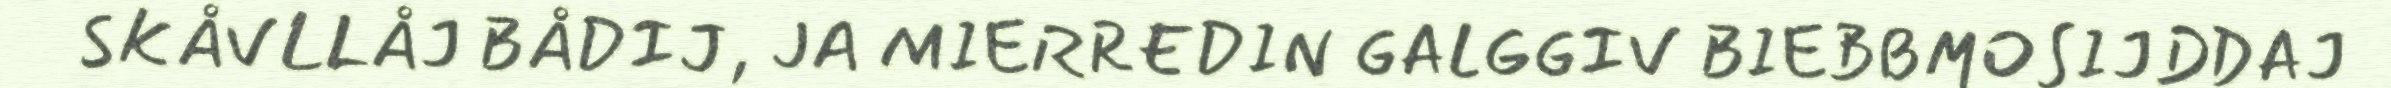
SKÅVLLÅJ BÅDIJ, JA MIERREDIN GALGGIV BIEBBMOSIJDDAJ